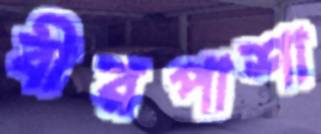
বীরপাশা